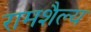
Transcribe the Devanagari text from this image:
रामशैल्य